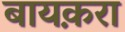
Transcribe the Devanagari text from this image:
बायक़रा